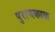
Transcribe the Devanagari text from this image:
पुराणकाळ